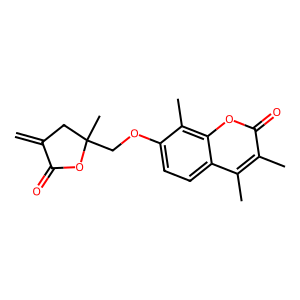
SMILES: C=C1CC(C)(COc2ccc3c(C)c(C)c(=O)oc3c2C)OC1=O
Inhibits HIV replication: No